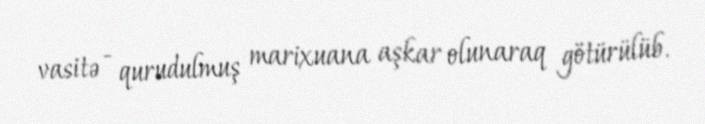
vasitə - qurudulmuş marixuana aşkar olunaraq götürülüb.